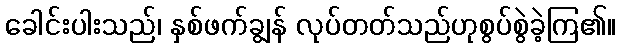
ခေါင်းပါးသည်၊ နှစ်ဖက်ချွန် လုပ်တတ်သည်ဟုစွပ်စွဲခဲ့ကြ၏။